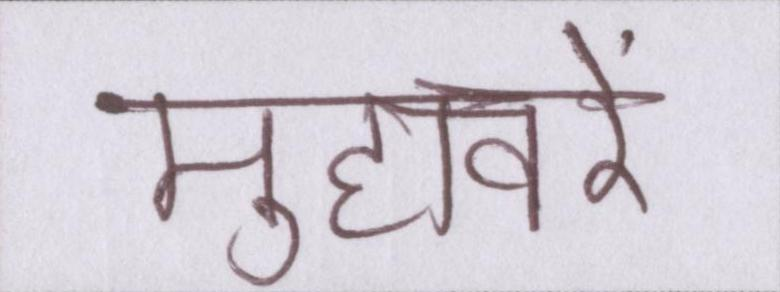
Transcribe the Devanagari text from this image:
मुहावरे